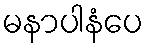
မနာပါနံပေ